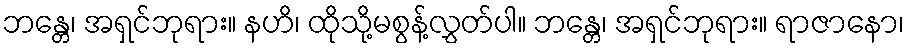
ဘန္တေ၊ အရှင်ဘုရား။ နဟိ၊ ထိုသို့မစွန့်လွှတ်ပါ။ ဘန္တေ၊ အရှင်ဘုရား။ ရာဇာနော၊